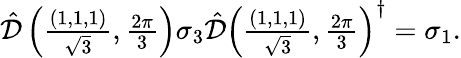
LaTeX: \begin{array}{r}{\hat{\mathcal{D}}\left(\frac{(1,1,1)}{\sqrt{3}},\frac{2\pi}{3}\right)\sigma_{3}\hat{\mathcal{D}}\left(\frac{(1,1,1)}{\sqrt{3}},\frac{2\pi}{3}\right)^{\dagger}=\sigma_{1}.}\end{array}